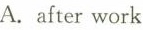
A.after work